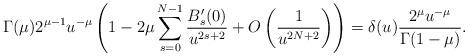
LaTeX: \begin{gather*}\Gamma(\mu)2^{\mu-1}u^{-\mu}\left(1-2\mu\sum_{s=0}^{N-1} \frac{B_s'(0)}{u^{2s+2}}+O\left(\frac{1}{u^{2N+2}}\right)\right)=\delta(u)\frac{2^\mu u^{-\mu}}{\Gamma(1-\mu)}.\end{gather*}